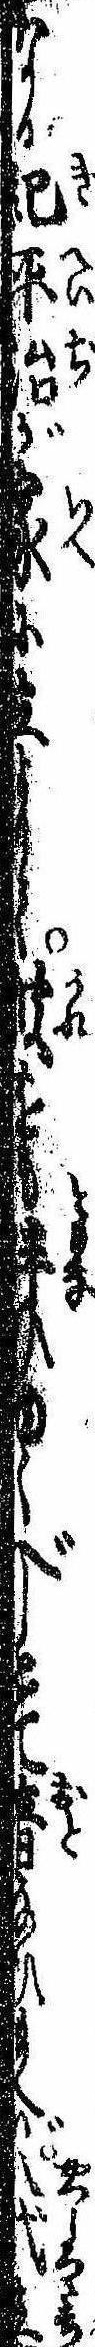
なる紀平治が家に立よりて彼をも伴ひゆくべしとて音なひ給へば八代立